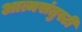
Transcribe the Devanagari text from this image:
आत्मसंतुस्टी